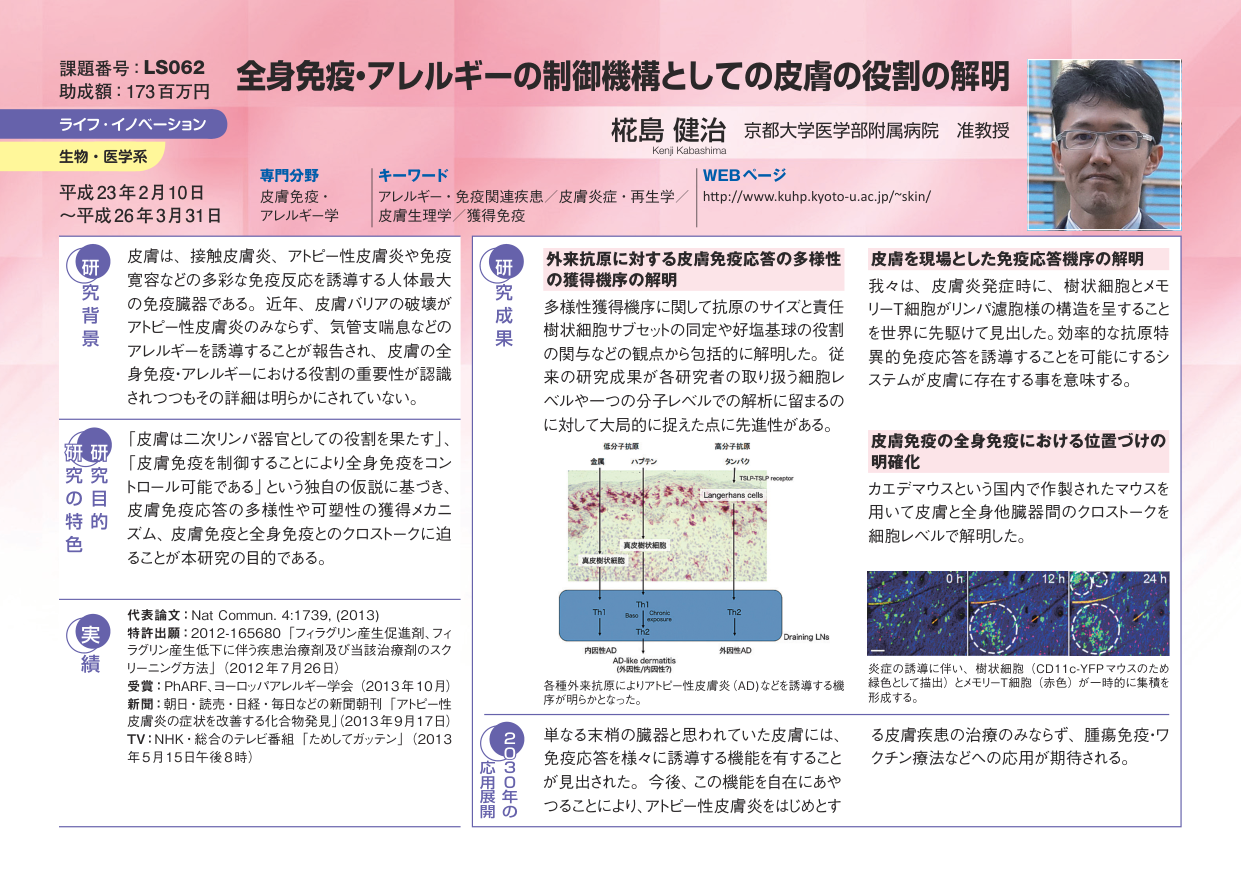
課題番号：LS062
助成額：173百万円
ライフ・イノベーション
生物・医学系
平成23年2月10日
～平成26年3月31日

専門分野
皮膚免疫・
アレルギー学

キーワード
アレルギー・免疫関連疾患／皮膚炎症・再生学／
皮膚生理学／獲得免疫

WEBページ
http://www.kuhp.kyoto-u.ac.jp/~skin/

全身免疫・アレルギーの制御機構としての皮膚の役割の解明

桜島 健治 京都大学医学部附属病院 准教授
Kenji Kabashima

研究背景
皮膚は、接触皮膚炎、アトピー性皮膚炎や免疫
寛容などの多彩な免疫反応を誘導する人体最大
の免疫臓器である。近年、皮膚バリアの破壊が
アトピー性皮膚炎のみならず、気管支喘息などの
アレルギーを誘導することが報告され、皮膚の全
身免疫・アレルギーにおける役割の重要性が認識
されつつもその詳細は明らかされていない。

研究目的
「皮膚は二次リンパ器官としての役割を果たす」、
「皮膚免疫を制御することにより全身免疫をコントロール可能である」という独創的仮説に基づき、
皮膚免疫応答の多様性や可塑性の獲得メカニズム、皮膚免疫と全身免疫のクロストークに迫ることが本研究の目的である。

研究の特色
代表論文：Nat Commun. 4:1739, (2013)
特許出願：2012-165680「フィラグリン産生促進剤、フィラグリン産生低下に伴う疾患治療剤及び当該治療剤のスクリーニング方法」(2012年7月26日)
受賞：PhARF、ヨーロッパアレルギー学会（2013年10月）
新聞：朝日・読売・日経・毎日などの新聞朝刊「アトピー性皮膚炎の症状を改善する化合物発見」(2013年9月17日)
TV：NHK・総合のテレビ番組「ためてガッチン」(2013年5月15日午後8時)

研究成果
外来抗原に対する皮膚免疫応答の多様性の獲得機序の解明
多様性獲得機序に関して抗原のサイズと責任樹状細胞サブセットの同定や好塩基球の役割の関与などの観点から包括的に解明した。従来の研究成果が各研究者の取り扱う細胞レベルや一つの分子レベルでの解析に留まるのに対して大局的に捉えた点に先進性がある。

皮膚を現場とした免疫応答機序の解明
我々は、皮膚炎症症時に、樹状細胞とメモリーT細胞がリンパ濾胞様の構造を呈することを世界に先駆けて見出した。効率的な抗原特異的免疫応答を誘導することを可能にするシステムが皮膚に存在する事を意味する。

皮膚免疫の全身免疫における位置づけの明確化
カエデマウスという国内で作製されたマウスを用いて皮膚と全身他臓器間のクロストークを細胞レベルで解明した。

図：
（左側図）
低分子抗原
高分子抗原
金属
ハプテン
タンパク
TSLP/IL-33 receptor
Langerhans cells
真皮樹状細胞
Th1
Th1
Th2
Th2
慢性曝露
内臓性AD
AD-like dermatitis
（外皮膚/内皮膚性）
外臓器AD
Draining LNs

（右側図）
0 h
12 h
24 h
炎症の誘導に伴い、樹状細胞（CD11c-YFPマウスのため緑色として描出）とメモリーT細胞（赤色）が一時的に集積を形成する。

応用展開
単なる末梢の臓器と思われていた皮膚には、免疫応答を様々に誘導する機能を有すること
が見出された。今後、この機能を自在にあやつることにより、アトピー性皮膚炎をはじめとす
る皮膚疾患の治療のみならず、腫瘍免疫・ワクチン療法などへの応用が期待される。

2030年の
応用展開